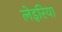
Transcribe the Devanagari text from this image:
लेइरिया